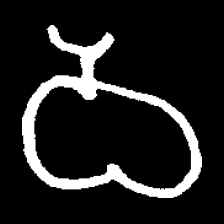
Pyu character \u2014 Myanmar letter: ဝ (romanized: wa)